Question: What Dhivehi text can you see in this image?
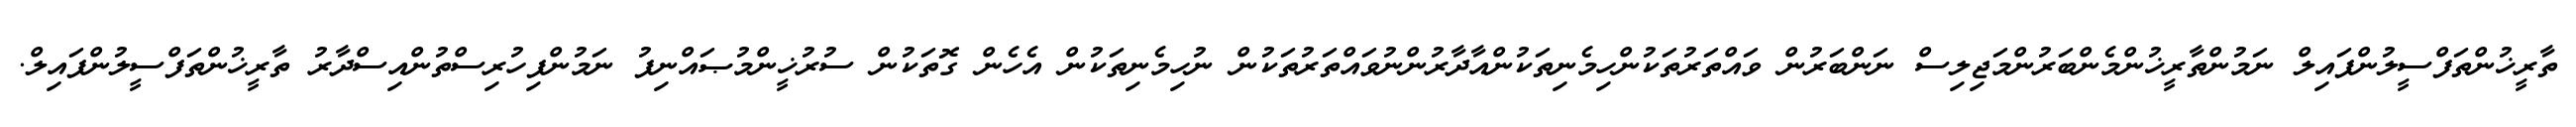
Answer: ތާރީޚުންތަފްސީލުންފައިލް ނަމުންތާރީޚުންމެންބަރުންމަޖިލިސް ނަންބަރުން ވައްތަރުތަކުންހިމެނިތަކުންއާދާރުންނުވައްތަރުތަކުން ނުހިމެނިތަކުން އެހެން ގޮތަކުން ސުރުޚީންމުޞައްނިފު ނަމުންފިހުރިސްތުންއިސްދާރު ތާރީޚުންތަފްސީލުންފައިލް.